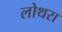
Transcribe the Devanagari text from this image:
लोथरा